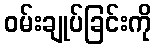
ဝမ်းချုပ်ခြင်းကို